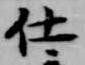
仕